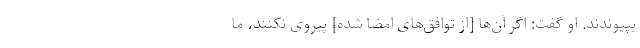
بپیوندند. او گفت: اگر آن‌ها [از توافق‌های امضا شده] پیروی نکنند، ما